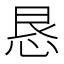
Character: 恳